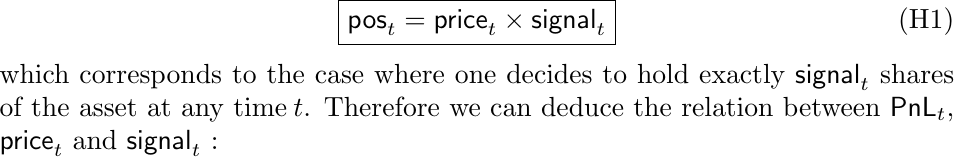
\begin{equation}
    \boxed{\textsf{pos}_t = \textsf{price}_t \times \textsf{signal}_t} \tag{H1}
\end{equation} which corresponds to the case where one decides to hold exactly $\textsf{signal}_t$ shares of the asset at any time\:$t$. Therefore we can deduce the relation between  $\textsf{PnL}_t$, $\textsf{price}_t$ and $\textsf{signal}_t$ :